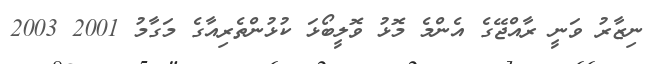
ނިޒާރު ވަނީ ރާއްޖޭގެ އެންމެ މޮޅު ވޮލީބޯޅަ ކުޅުންތެރިއާގެ މަގާމު 2001 2003